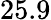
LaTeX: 25.9